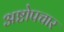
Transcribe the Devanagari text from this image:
अष्टोपचार